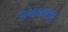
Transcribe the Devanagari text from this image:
अभखाझ